65_HS1-834228961_62-HQ-83894_Section_6
Agency: FBI
Page 212
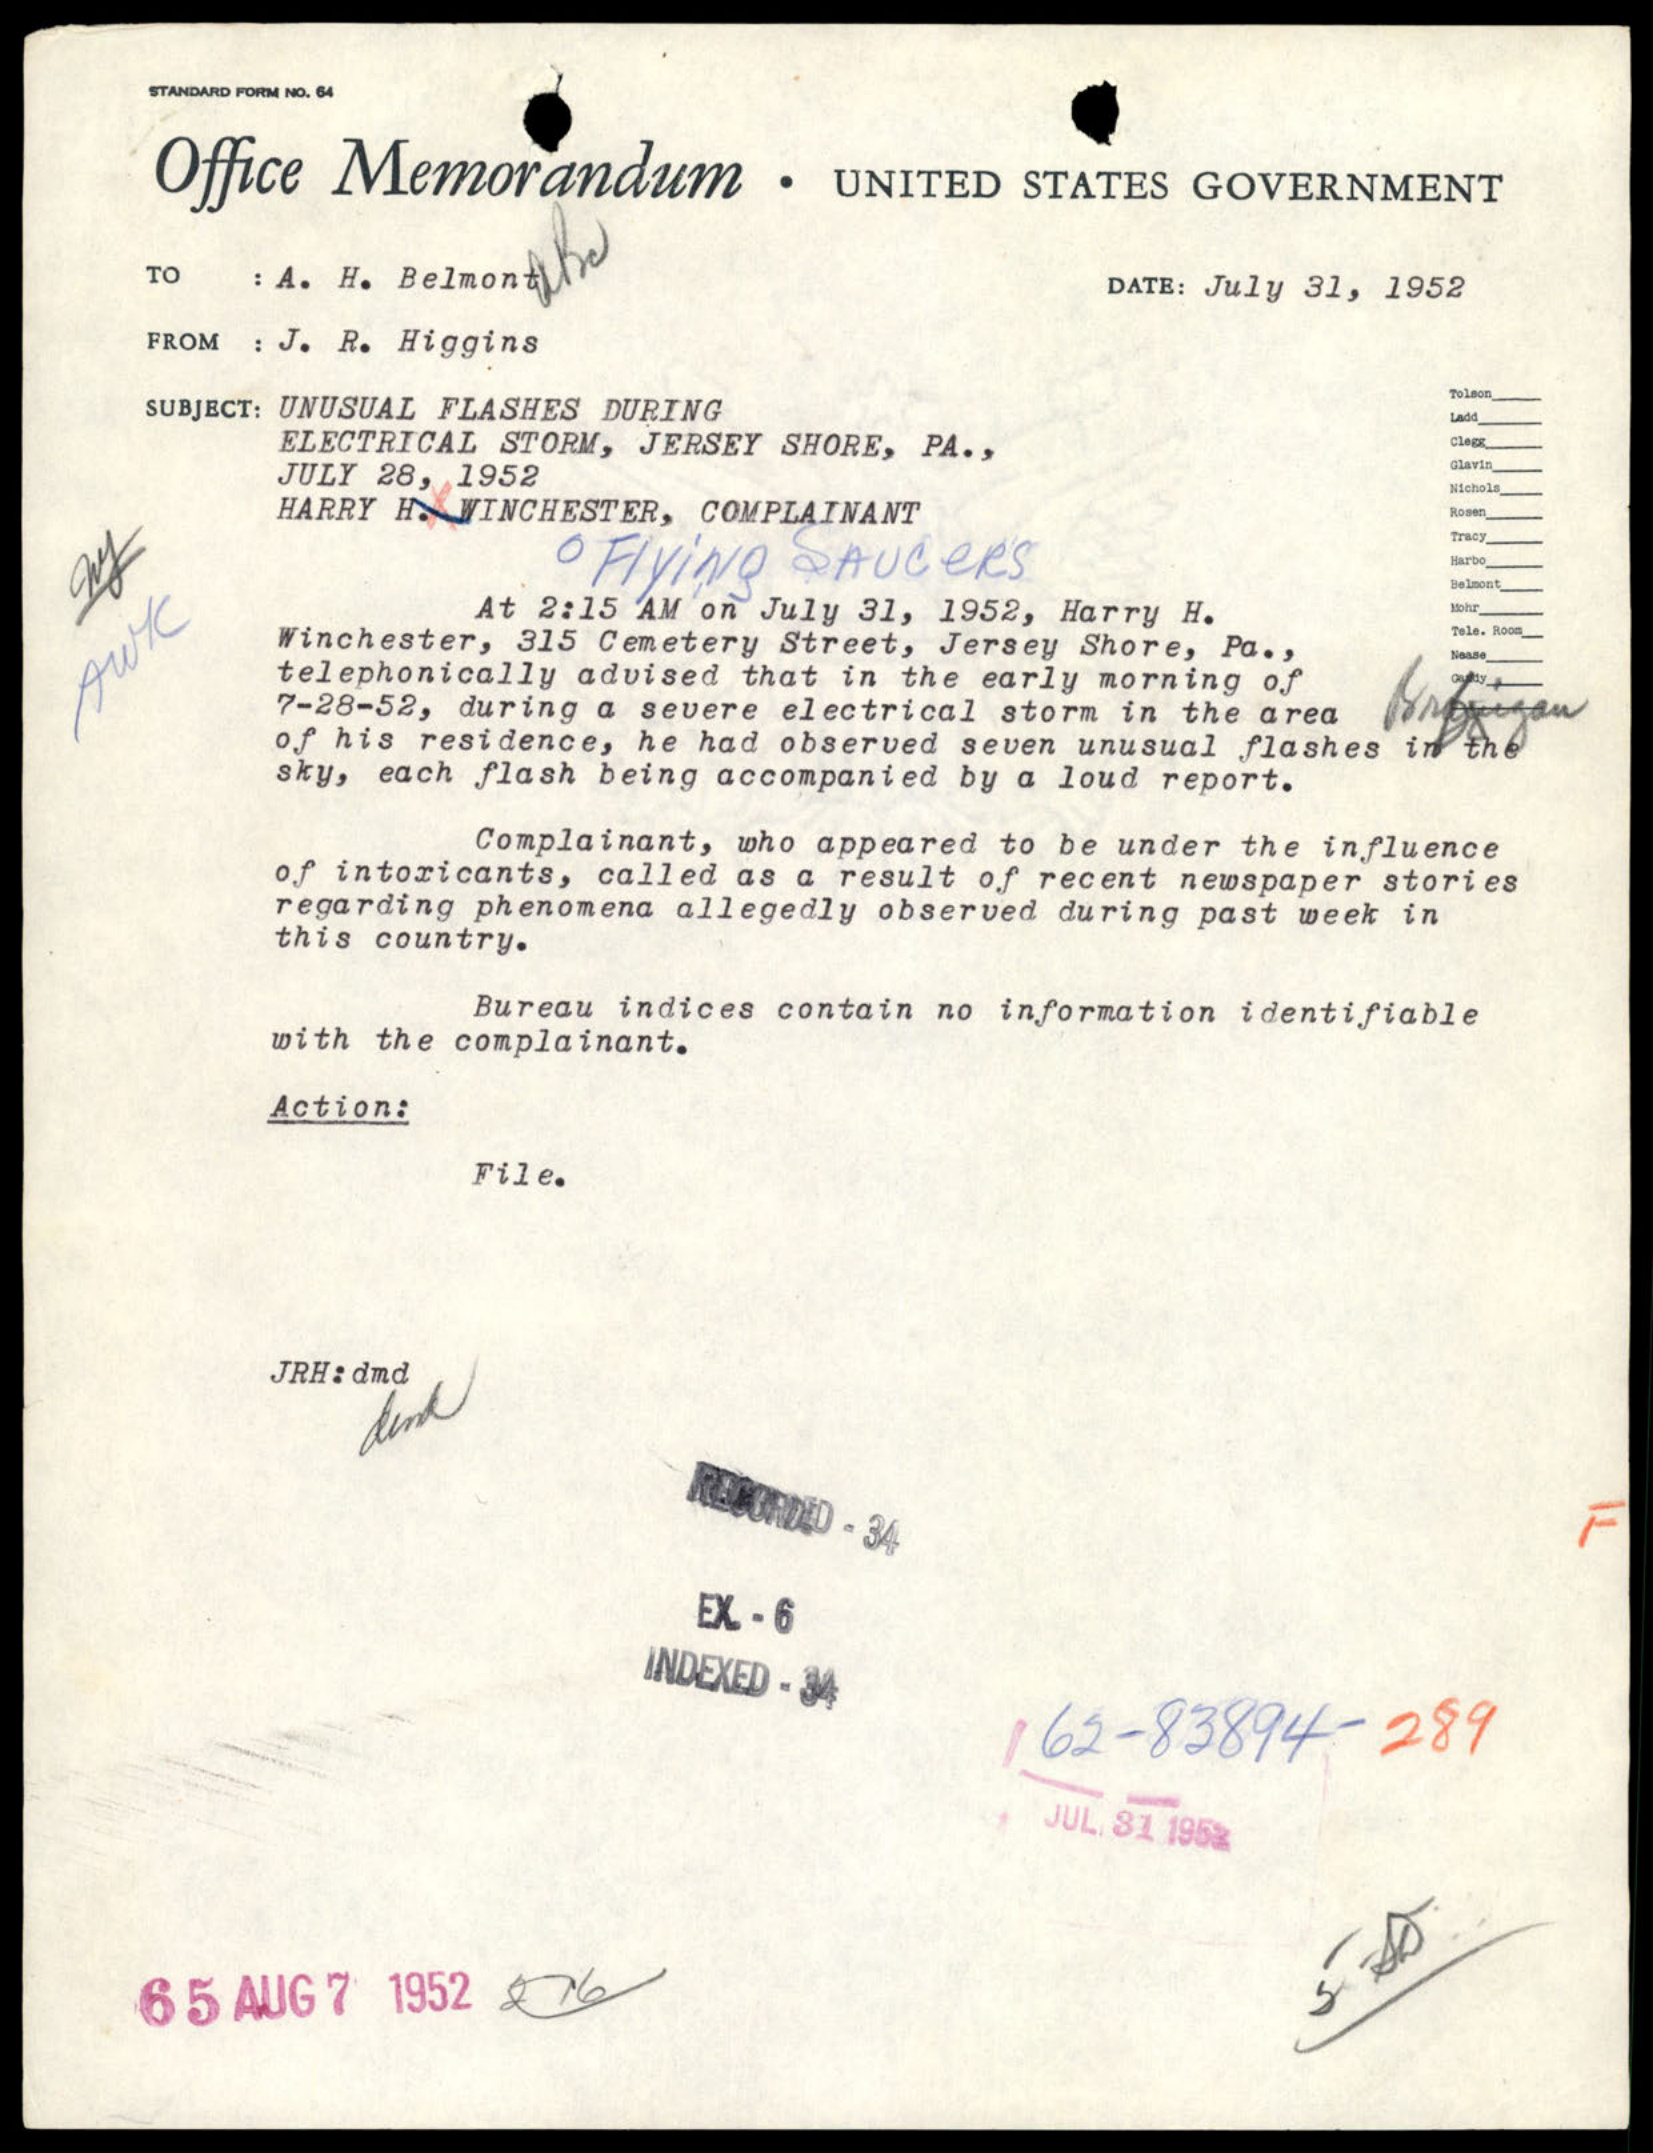